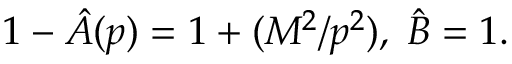
1 - \hat { A } ( p ) = 1 + ( M ^ { 2 } / p ^ { 2 } ) , \; \hat { B } = 1 .